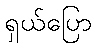
ရှယ်ပြော